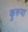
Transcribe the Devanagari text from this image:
कुरुपा